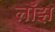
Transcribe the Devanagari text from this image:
लॉझ